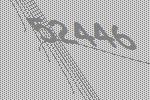
52446